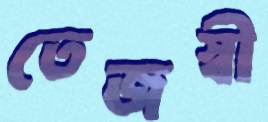
তেজস্বী